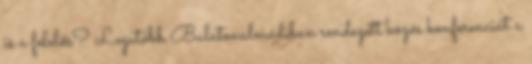
is a felelős? Legutóbb Balatonalmádiban rendezett közös konferenciát a